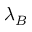
\lambda _ { B }